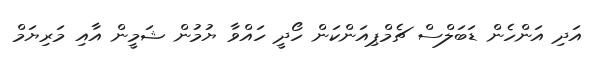
އަދި އަންހެން ޑަބަލްސް ޗެމްޕިއަންކަން ހޯދީ ހައްވާ ޔުމުން ޝަމީން އާއި މަރިޔަމް